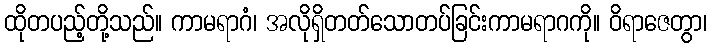
ထိုတပည့်တို့သည်။ ကာမရာဂံ၊ အလိုရှိတတ်သောတပ်ခြင်းကာမရာဂကို။ ဝိရာဇေတွာ၊